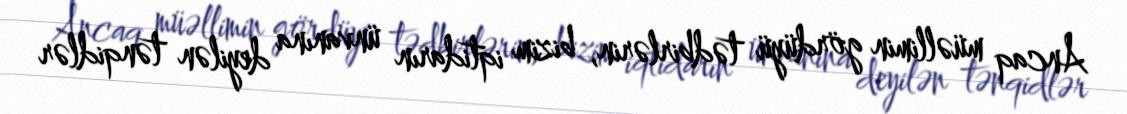
Ancaq müəllimin gördüyü tədbirlərin, bizim iqtidarın ünvanına deyilən tənqidlər